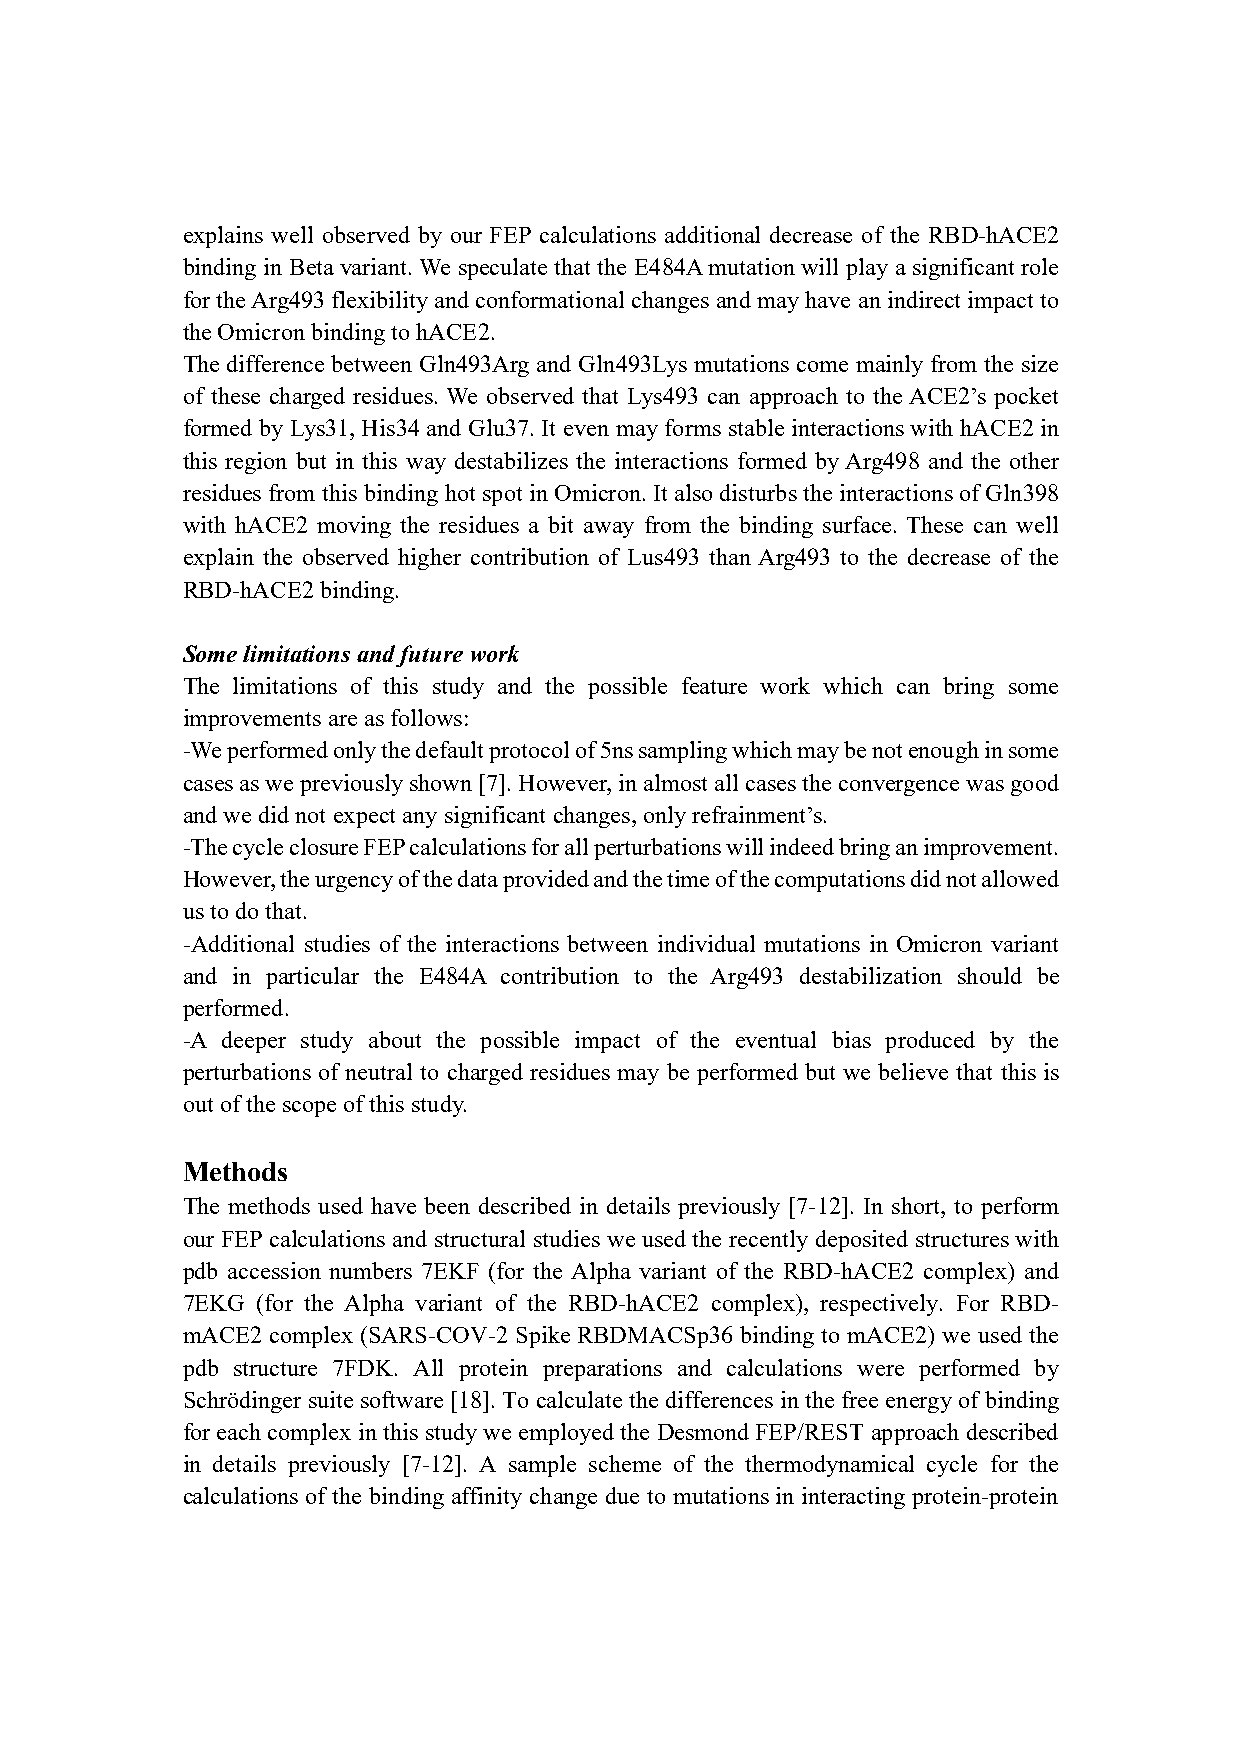
explains well observed by our FEP calculations additional decrease of the RBD-hACE2
 binding in Beta variant. We speculate that the E484A mutation will play a significant role
 for the Arg493 flexibility and conformational changes and may have an indirect impact to
 the Omicron binding to hACE2.
 The difference between Gln493Arg and Gln493Lys mutations come mainly from the size
 of these charged residues. We observed that Lys493 can approach to the ACE2’s pocket
 formed by Lys31, His34 and Glu37. It even may forms stable interactions with hACE2 in
 this region but in this way destabilizes the interactions formed by Arg498 and the other
 residues from this binding hot spot in Omicron. It also disturbs the interactions of Gln398
 with hACE2 moving the residues a bit away from the binding surface. These can well
 explain the observed higher contribution of Lus493 than Arg493 to the decrease of the
 RBD-hACE2 binding.
 Some limitations and future work
 The limitations of this study and the possible feature work which can bring some
 improvements are as follows:
 -We performed only the default protocol of 5ns sampling which may be not enough in some
 cases as we previously shown [7]. However, in almost all cases the convergence was good
 and we did not expect any significant changes, only refrainment’s.
 -The cycle closure FEP calculations for all perturbations will indeed bring an improvement.
 However, the urgency of the data provided and the time of the computations did not allowed
 us to do that.
 -Additional studies of the interactions between individual mutations in Omicron variant
 and in particular the E484A contribution to the Arg493 destabilization should be
 performed.
 -A deeper study about the possible impact of the eventual bias produced by the
 perturbations of neutral to charged residues may be performed but we believe that this is
 out of the scope of this study.
 Methods
 The methods used have been described in details previously [7-12]. In short, to perform
 our FEP calculations and structural studies we used the recently deposited structures with
 pdb accession numbers 7EKF (for the Alpha variant of the RBD-hACE2 complex) and
 7EKG (for the Alpha variant of the RBD-hACE2 complex), respectively. For RBD-
 mACE2 complex (SARS-COV-2 Spike RBDMACSp36 binding to mACE2) we used the
 pdb structure 7FDK. All protein preparations and calculations were performed by
 Schrödinger suite software [18]. To calculate the differences in the free energy of binding
 for each complex in this study we employed the Desmond FEP/REST approach described
 in details previously [7-12]. A sample scheme of the thermodynamical cycle for the
 calculations of the binding affinity change due to mutations in interacting protein-protein